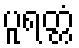
ပူရတ္တံ